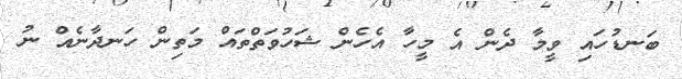
ބަނޑުހައި ވީމާ ދެން އެ މީހާ އެހެން ޝަހުވަތްތައް މަތިން ހަނދާނެއް ނު